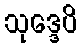
သုဒ္ဒေပိ